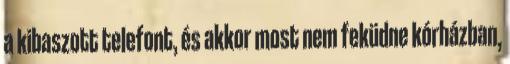
a kibaszott telefont, és akkor most nem feküdne kórházban,